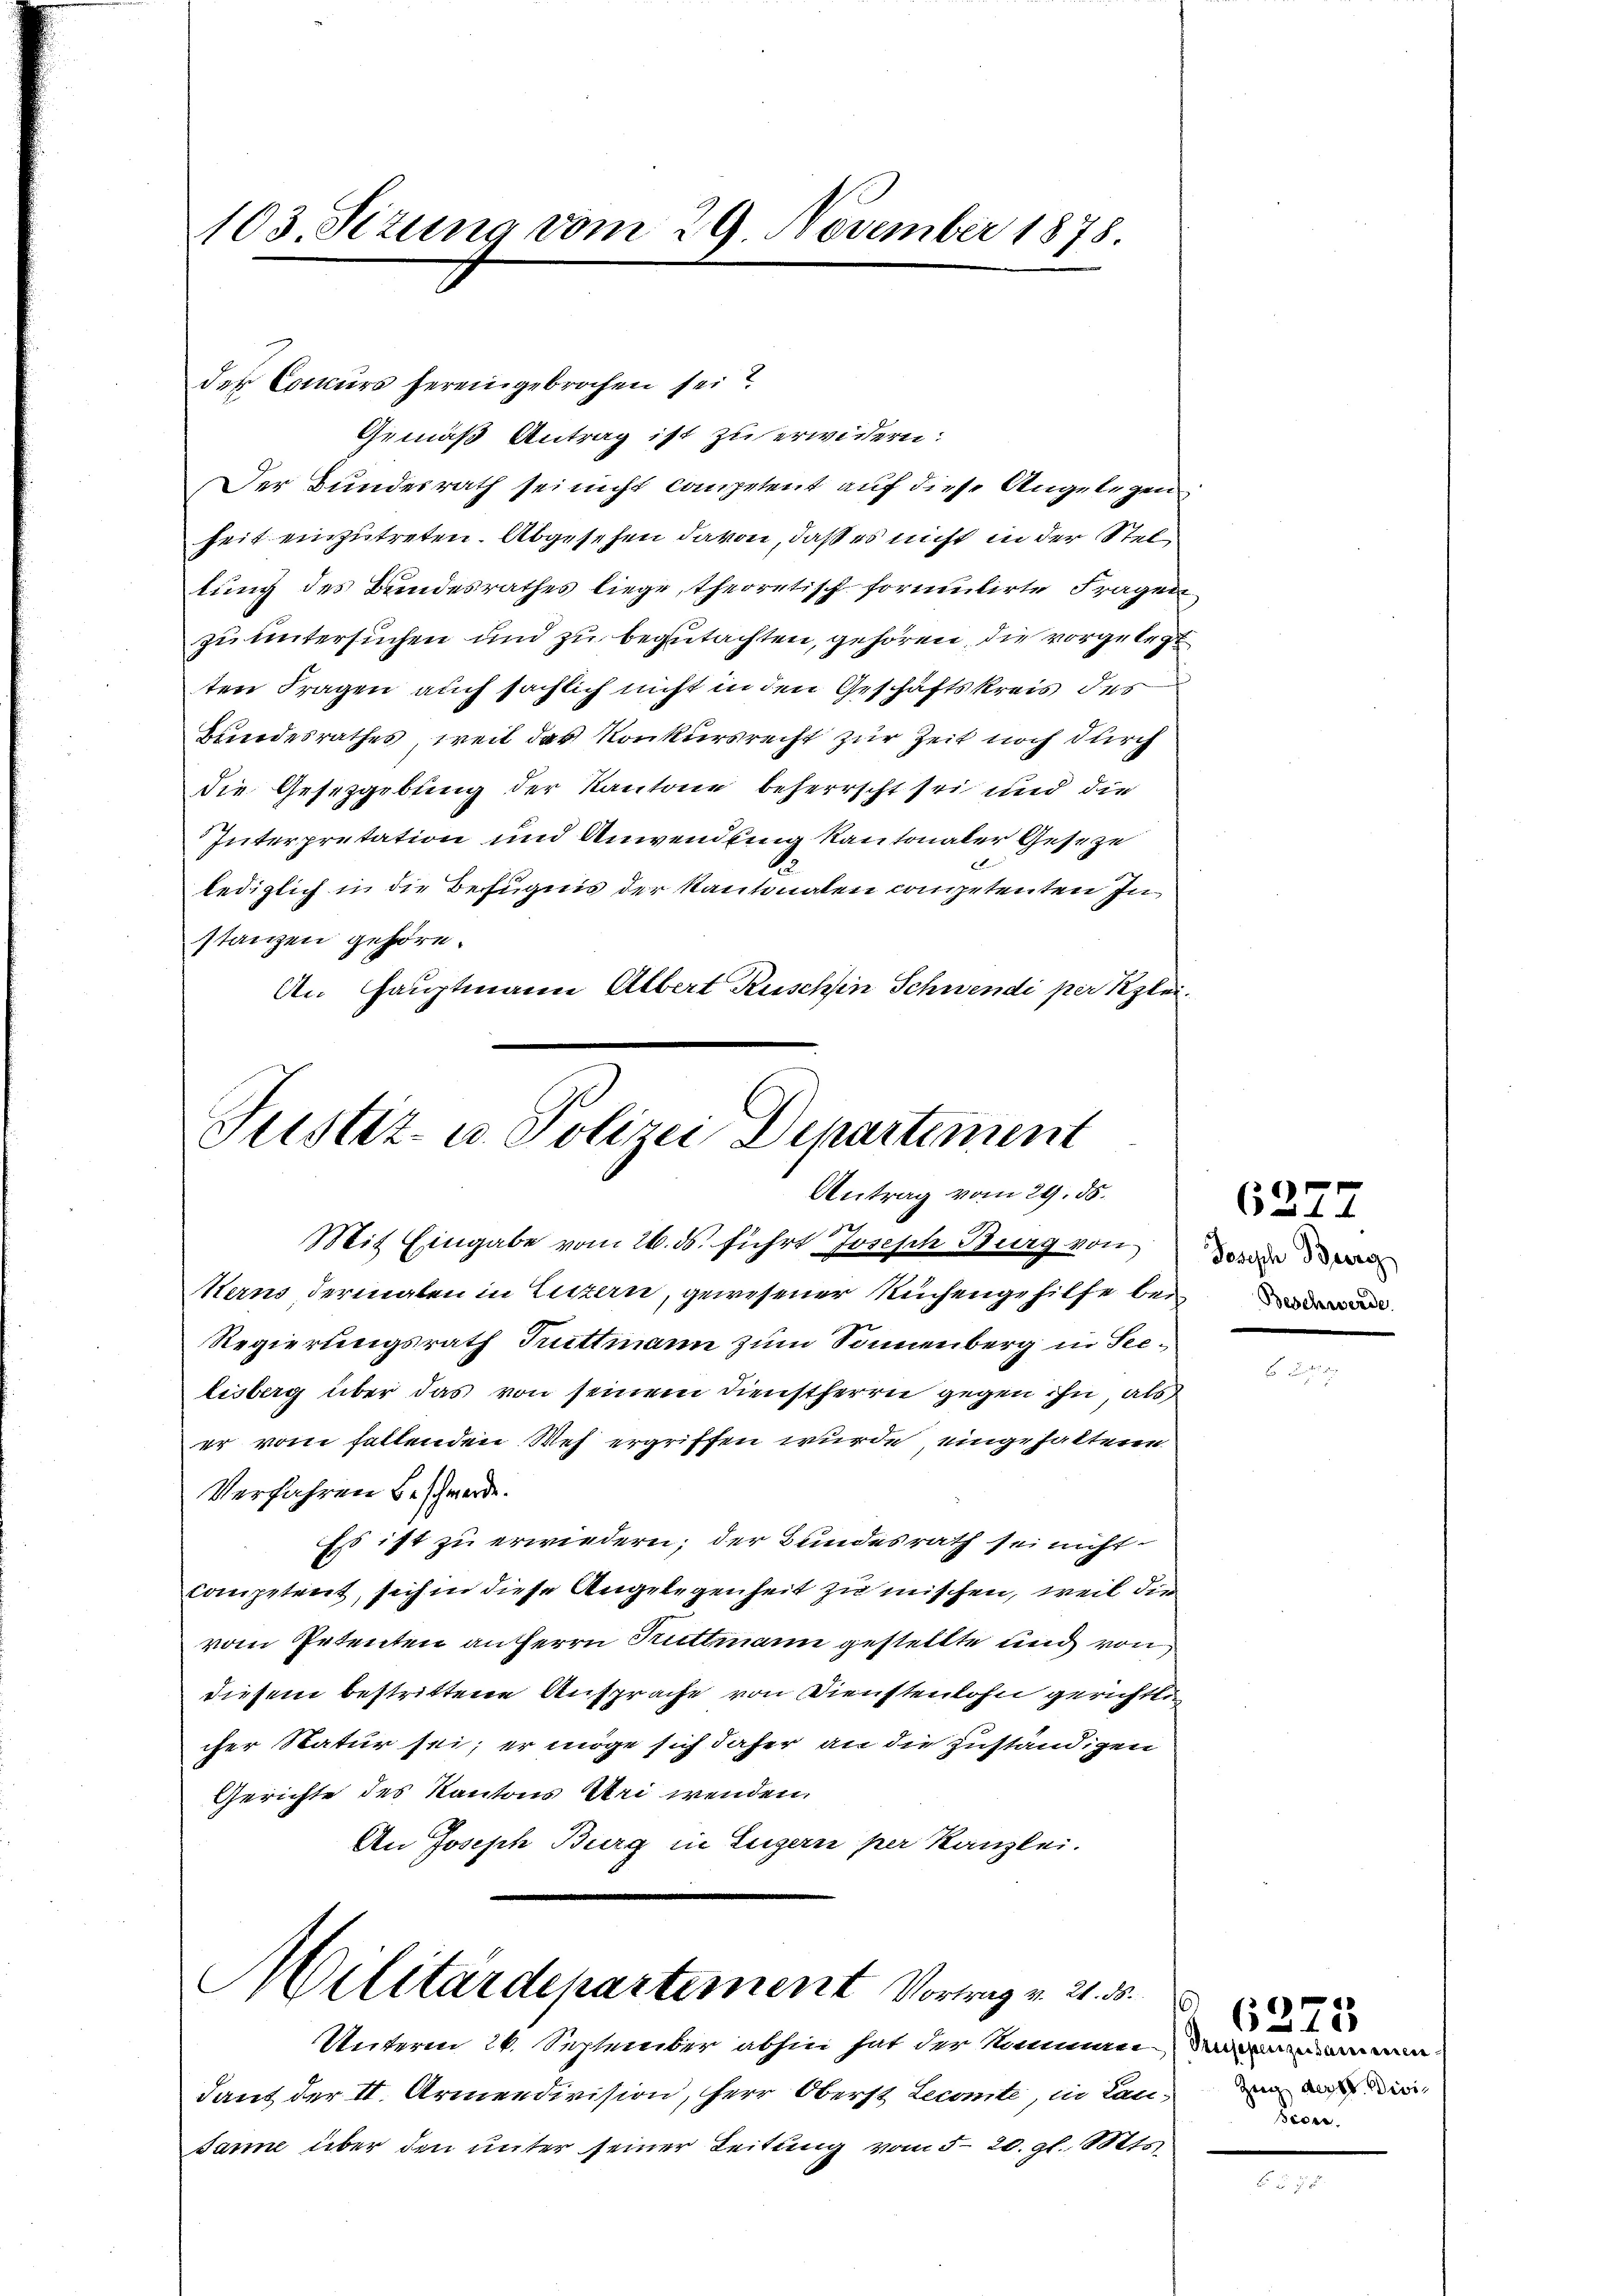
103 Sizung vom 29 November 1878

Justiz- u. Polizei Departement
Antrag vom 29. ds.

der Concurs hereingebrochen sei?
Gemäß Antrag ist zu erwidern:
Der Bundesrath sei nicht competent auf diese Angelegen
heit einzutreten. Abgesehen davon, daß es nicht in der Steltung des Bundesrathes liege, theoretisch formulirte Fragen
zu untersuchen und zu begutachten, gehören, die vorgelegt
ten Fragen auch sächlich nicht in den Geschäftskreis des
Bundesrathes, weil das Konkursrecht zur Zeit noch durch
die Gesetzgebung der Kantone beherrscht sei und die
Interpretation und Anwendung kantonaler Geseze
lediglich in die Befugnis der Kantonalen competenten Instanzen gehöre.
An Hauptmann Albert Ruschin Schwendi per Klei¬

Mit Eingabe vom 26. ds. führt Joseph Burg von
Herns dermalen in Luzern, gewesener Ruchengehilfe bei¬
Regierungsrath Truttmann zum Sonnenberg in Seelisberg über das von seinem Dienstherrn gegen ihn, als
er vom fallenden Weh ergriffen wurde, eingehaltene
Verfahren beschwerde.
Es ist zu erwiedern; der Bundesrath sei nicht
Competent, sich in diese Angelegenheit zu mischen, weil die
vom Petenten an Herrn Ruttmann gestellte und von
diesem bestrittene Ansprache von Dienstenlohn gerichtlic
cher Natur sei; er möge sich daher an die zuständigen
Gerichte des Kantons Uri wenden
An Joseph Burg in Luzern per Kanzlei.
Militärdepartement Vortrag v. 21. 3.
Unterm 26. September abhin hat der Nommen
dant der II. Armendivision, Herr Oberst Lecomite, in Lansare über den unter seiner Leitung vom 5. 20. gl. Mts.

Joseph Bierg
Beschwerde.

6277

9 (1275
Zeig desst. Divi
Biore.